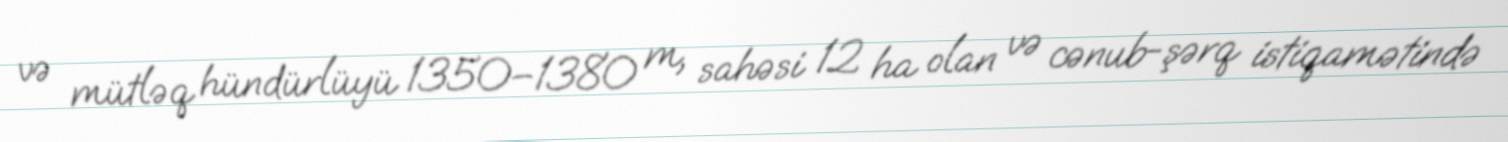
və mütləq hündürlüyü 1350–1380 m, sahəsi 12 ha olan və cənub-şərq istiqamətində